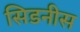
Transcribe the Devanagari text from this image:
सिडनीस